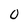
Character: 0